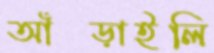
আঁক্‌ড়াইলি